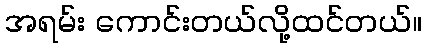
အရမ်း ကောင်းတယ်လို့ထင်တယ်။